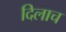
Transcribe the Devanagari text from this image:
दिलाच